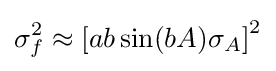
\sigma _{f}^{2}\approx \left[ab\sin(bA)\sigma _{A}\right]^{2}